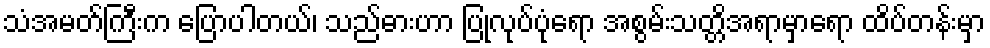
သံအမတ်ကြီးက ပြောပါတယ်၊ သည်ဓားဟာ ပြုလုပ်ပုံရော အစွမ်းသတ္တိအရာမှာရော ထိပ်တန်းမှာ